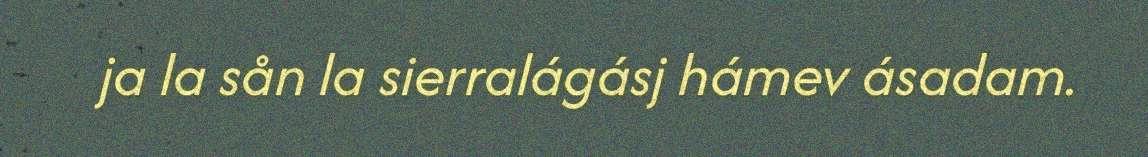
ja la sån la sierralágásj hámev ásadam.